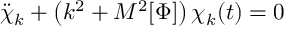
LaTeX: { \ddot { \chi } } _ { k } + \left( { k ^ { 2 } } + M ^ { 2 } [ \Phi ] \right) \chi _ { k } ( t ) = 0